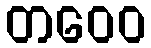
တဝေဝ